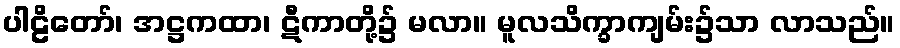
ပါဠိတော်၊ အဋ္ဌကထာ၊ ဋီကာတို့၌ မလာ။ မူလသိက္ခာကျမ်း၌သာ လာသည်။